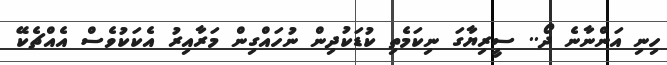
ހިނި އަންނާނެ ދޯ.. ސީރިޔާގަ ނިކަމެތި ކުޑަކުދިން ނުހައްގިން މަރާއިރު އެކަކުވެސް އެއްޗެކޭ